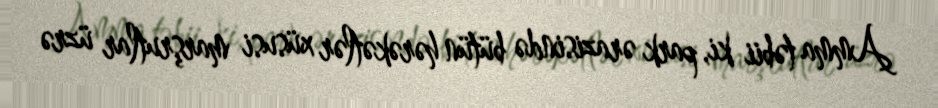
Amma təbii ki, park ərazisində bütün hərəkətlər xüsusi marşrutlar üzrə